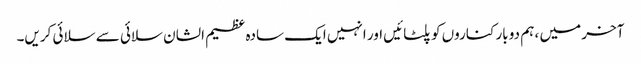
آخر میں ، ہم دو بار کناروں کو پلٹائیں اور انہیں ایک سادہ عظیم الشان سلائی سے سلائی کریں۔